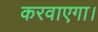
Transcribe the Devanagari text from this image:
करवाएगा।